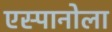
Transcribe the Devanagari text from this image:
एस्पानोला